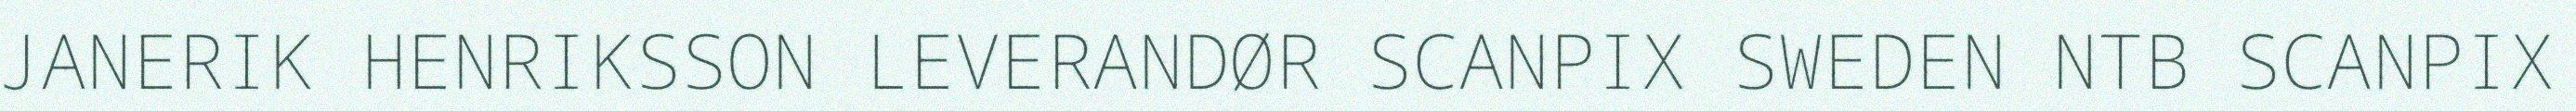
JANERIK HENRIKSSON LEVERANDØR SCANPIX SWEDEN NTB SCANPIX